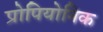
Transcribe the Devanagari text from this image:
प्रोपियोनिक